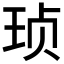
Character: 𱮺